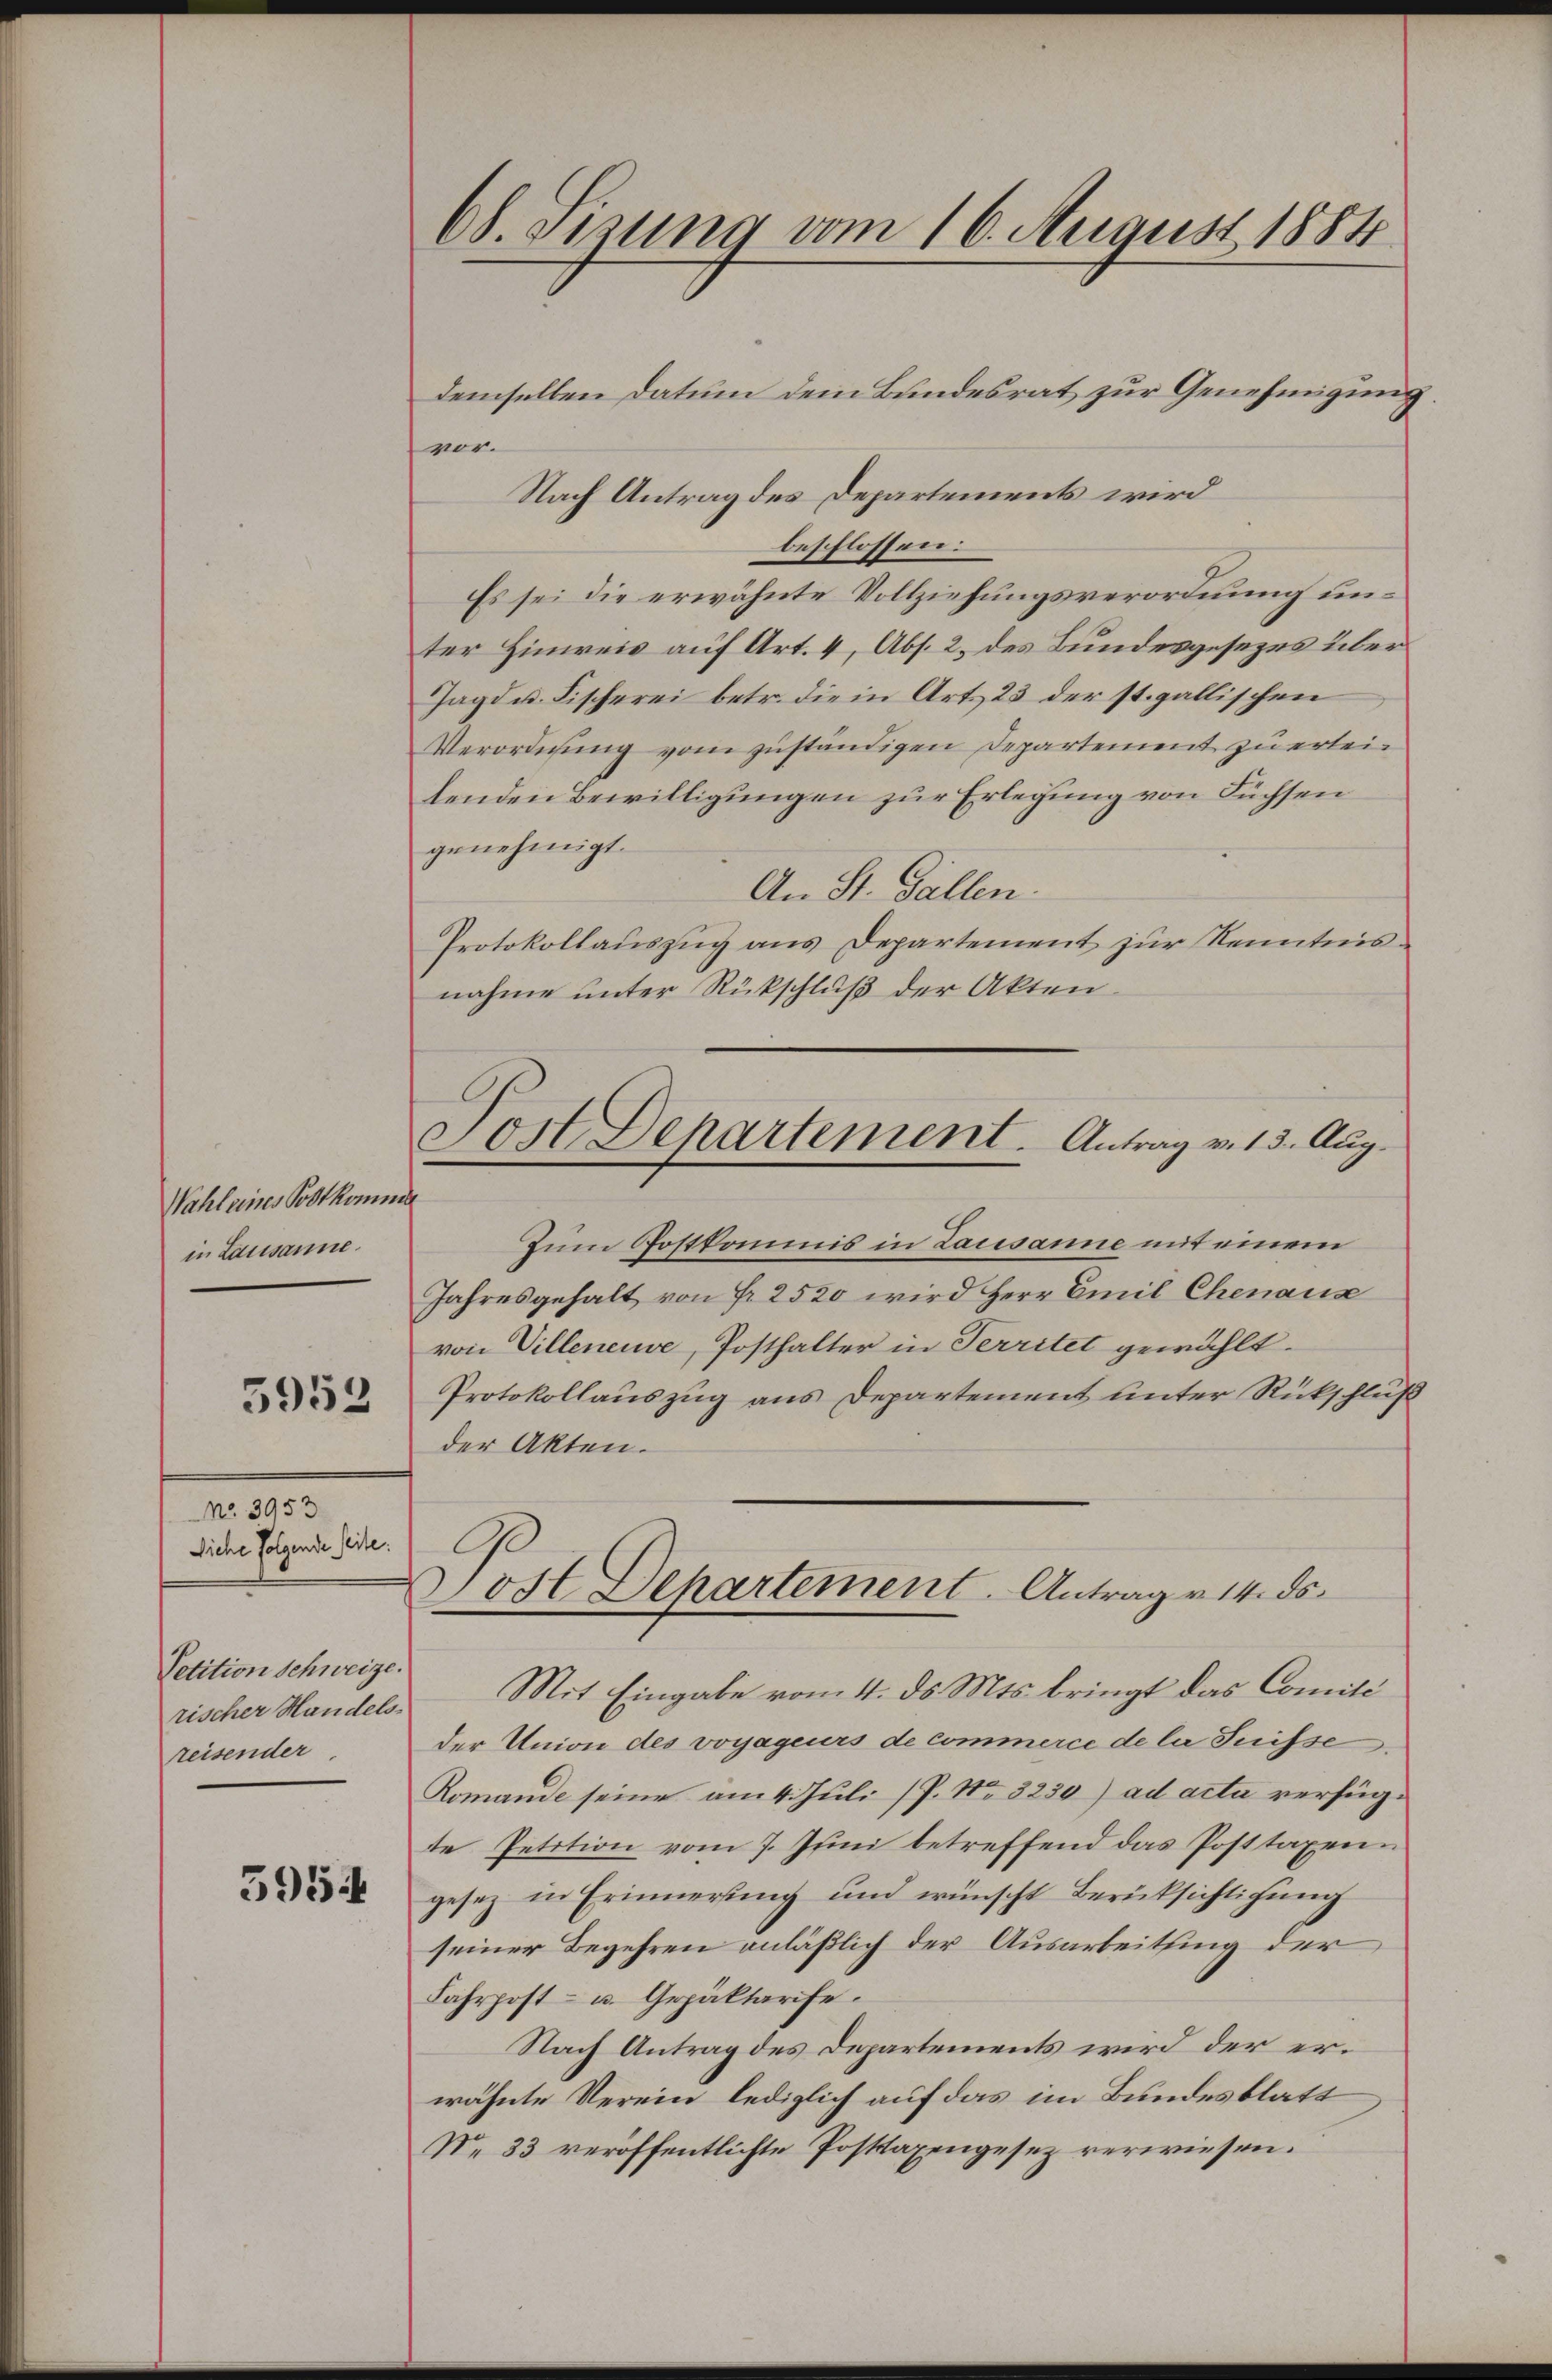
Wahleines Postkommen
in Lausanne.
No. 3953
Siehe folgende seite:
Petition Schweize.
rischer Handels-
reisender

5953

5954

68. Sizung vom 16. August 1884

Jost Departement. Antrag v. 13. Aug.

demselben Datum dem Bundesrat zur Genehmigung
vor.
Nach Antrag des Departements wird
beschlossen:
Es sei die erwähnte Vollziehungsverordnung unter Hinweis auf Art. 4, Abs. 2 des Bundesgesezes über
Jagd u. Fischerei betr. die in Art. 23 der st. gallischen
Verordnung vom zuständigen Departement zu erleilenden Bewilligungen zur Erlegung von Füchsen
genehmigt.
An St. Gallen.
Protokollauszug aus Departement zur Kenntnis
nahme unter Rückschluß der Akten
Zum Postkommis in Lausanne mit einem
Jahresgehalt von Fr. 2520 wird Herr Emil Chenaus
von Villeneuve, Posthalter in Territet gewählt.
Protokollauszug aus Departement unter Rückschluß
der Akten.
Post Departement. Antrag v. 14. ds.
Mit Eingabe vom 4. ds. Mts. bringt das Comité
der Union des voyageurs de commerce de la Suisse
Romande seine am 4. Juli (P. Nr. 3230) ad acta verfügte Petition vom 7. Juni betreffend das Posttaxenn
gesez in Erinnerung und wünscht Berücksichtigung
seiner Begehren anläßlich der Ausarbeitung der
Fahrpost- u. Gepäktarife.
Nach Antrag des Departements wird der erwähnte Verein lediglich auf das im Bundesblatt
No 33 veröffentlichte Posttaxengesez verwiesen.